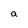
Character: a